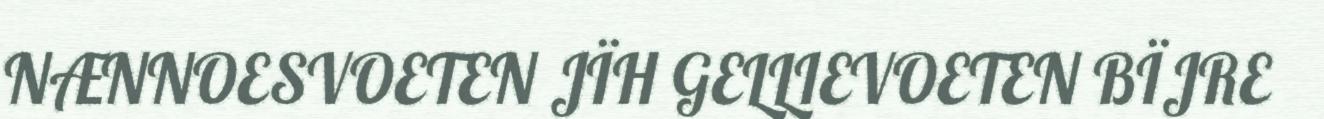
NÆNNOESVOETEN JÏH GELLIEVOETEN BÏJRE